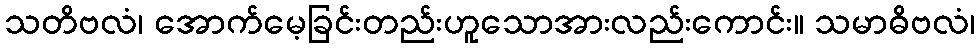
သတိဗလံ၊ အောက်မေ့ခြင်းတည်းဟူသောအားလည်းကောင်း။ သမာဓိဗလံ၊